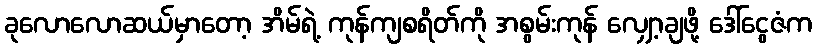
ခုလောလောဆယ်မှာတော့ အိမ်ရဲ့ ကုန်ကျစရိတ်ကို အစွမ်းကုန် လျှော့ချဖို့ ဒေါ်ငွေဇံက